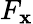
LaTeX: F_{\mathbf{x}}